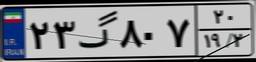
۶۰گ۵۴۸۳۹